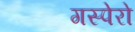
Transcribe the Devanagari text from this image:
गस्पेरो